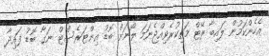
އެހެންކަމުން ލައިބާ ރޭޓް މަތިކުރެވިއްޖެނަމަ ލޯނަށް ބޮޑު އިންޓަރެސްޓް ނަގާ ބޮޑު ފައިދާ